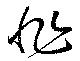
非